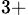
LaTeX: _{3+}